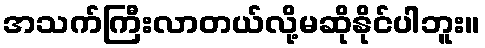
အသက်ကြီးလာတယ်လို့မဆိုနိုင်ပါဘူး။